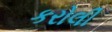
કરોલી